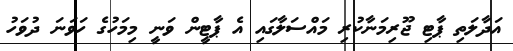
އަދާލަތި ޕާޓި ޖޫރިމަނާކުރި މައްސަލާގައި އެ ޕާޓީން ވަނީ މިމަހުގެ ހަވަނަ ދުވަހު